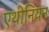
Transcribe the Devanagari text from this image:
एथीनियन